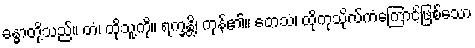
ခန္ဓာတို့သည်။ တံ၊ ထိုသူ့ကို။ ရက္ခန္တိ၊ ကုန်၏။ တေသံ၊ ထိုကုသိုလ်ကံကြောင့်ဖြစ်သော